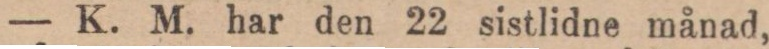
— K. M. har den 22 sistlidne månad,